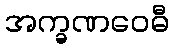
အက္ခဏဝေဓီ